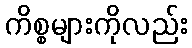
ကိစ္စများကိုလည်း